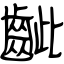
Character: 齜